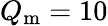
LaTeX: Q_{\mathrm{m}}=10